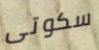
سكوتى